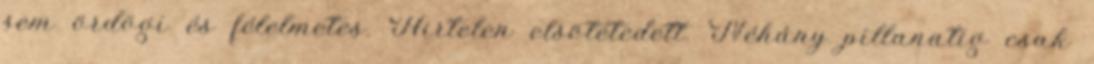
sem ördögi és félelmetes. Hirtelen elsötétedett. Néhány pillanatig csak